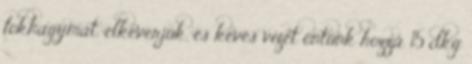
fokhagymát, elkeverjük, és kevés vizet öntünk hozzá. 15 dkg